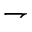
\rightharpoondown